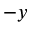
- y